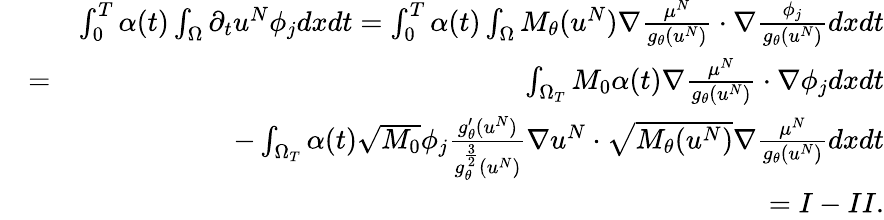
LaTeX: \begin{array}{rlr}&{}&{\int_{0}^{T}\alpha(t)\int_{\Omega}\partial_{t}u^{N}\phi_{j}dxdt=\int_{0}^{T}\alpha(t)\int_{\Omega}M_{\theta}(u^{N})\nabla\frac{\mu^{N}}{g_{\theta}(u^{N})}\cdot\nabla\frac{\phi_{j}}{g_{\theta}(u^{N})}dxdt}\\ &{=}&{\int_{\Omega_{T}}M_{0}\alpha(t)\nabla\frac{\mu^{N}}{g_{\theta}(u^{N})}\cdot\nabla\phi_{j}dxdt}\\ &{}&{-\int_{\Omega_{T}}\alpha(t)\sqrt{M_{0}}\phi_{j}\frac{g_{\theta}^{\prime}(u^{N})}{g_{\theta}^{\frac{3}{2}}(u^{N})}\nabla u^{N}\cdot\sqrt{M_{\theta}(u^{N})}\nabla\frac{\mu^{N}}{g_{\theta}(u^{N})}dxdt}\\ &{}&{=I-II.}\end{array}